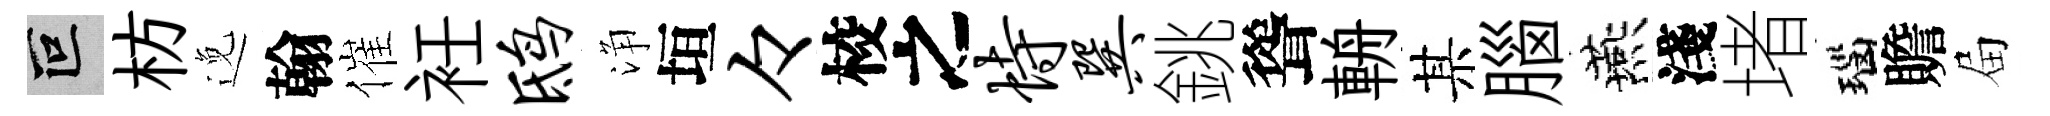
叵枋𨓜翰催衽鸱浄垣々校之恃巽銚聳輈某腦燕淺堵瑙贍屇